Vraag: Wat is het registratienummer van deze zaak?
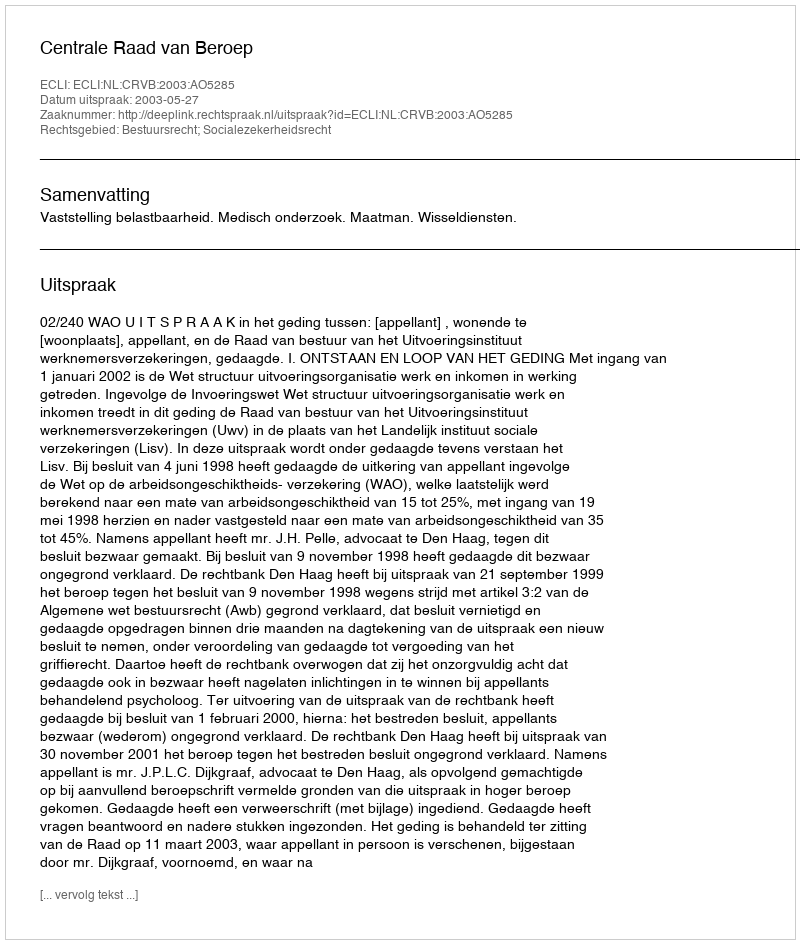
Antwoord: http://deeplink.rechtspraak.nl/uitspraak?id=ECLI:NL:CRVB:2003:AO5285